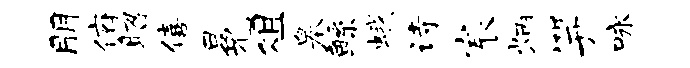
朋俯昭僖冕俎皋鲧蛾诗宸炳笄咏